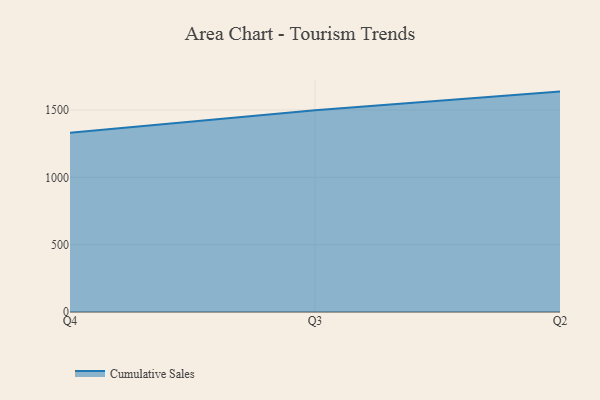
{"axis": {"x": "Quarter", "y": "Active Users"}, "legend": ["Cumulative Sales"], "data": [{"x": "Q4", "y": 1330.9, "type": "Cumulative Sales"}, {"x": "Q3", "y": 1497.5, "type": "Cumulative Sales"}, {"x": "Q2", "y": 1636.6, "type": "Cumulative Sales"}]}